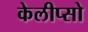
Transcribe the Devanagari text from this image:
केलीप्सो